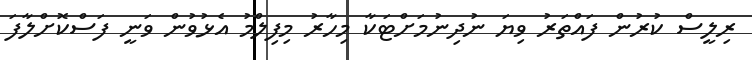
ރިލީސް ކުރުން ފައްތަރު ވިޔަ ނުދިނުމަށްޓަކާ މިހާރު މިފިލްމު އެޅުވުން ވަނީ ފަސްކޮށްލާފަ